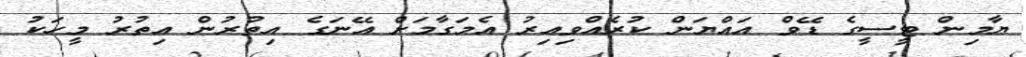
ޔާމިން ޓީސީގެ ޑޭވް އައްޔަން ކުރެއްވިއިރު އެމަގާމަށް އޭނަގެ އިތުރުން އިތުރު މީހަކު